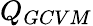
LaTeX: Q_{GCVM}